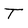
Character: T